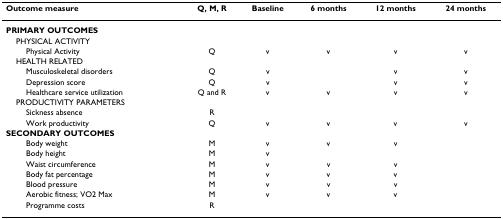
| Outcome measure | Q, M, R | Baseline | 6 months | 12 months | 24 months |
 | --- | --- | --- | --- | --- | --- |
 | PRIMARY OUTCOMES |  |  |  |  |  |
 | PHYSICAL ACTIVITY |  |  |  |  |  |
 | Physical Activity | Q | v | v | v | v |
 | HEALTH RELATED |  |  |  |  |  |
 | Musculoskeletal disorders | Q | v |  | v | v |
 | Depression score | Q | v |  | v | v |
 | Healthcare service utilization | Q and R | v | v | v | v |
 | PRODUCTIVITY PARAMETERS |  |  |  |  |  |
 | Sickness absence | R |  |  |  |  |
 | Work productivity | Q | v | v | v | v |
 | SECONDARY OUTCOMES |  |  |  |  |  |
 | Body weight | M | v | v | v |  |
 | Body height | M | v |  |  |  |
 | Waist circumference | M | v | v | v |  |
 | Body fat percentage | M | v | v | v |  |
 | Blood pressure | M | v | v | v |  |
 | Aerobic fitness; VO2 Max | M | v | v | v |  |
 | Programme costs | R |  |  |  |  |